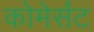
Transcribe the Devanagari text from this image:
कोमेर्संट